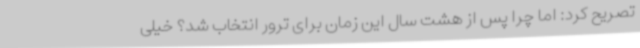
تصریح کرد: اما چرا پس از هشت سال این زمان برای ترور انتخاب شد؟ خیلی